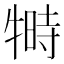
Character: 𬌦